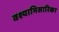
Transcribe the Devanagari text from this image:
वश्याभिसारिका